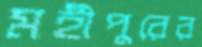
মহীপুরের